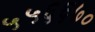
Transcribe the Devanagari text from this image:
५५६६७०